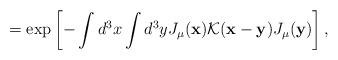
LaTeX: \begin{align*}=\exp\left[-\int d^3x\int d^3yJ_\mu({\bf x}){\cal K}({\bf x}-{\bf y})J_\mu({\bf y})\right],\end{align*}